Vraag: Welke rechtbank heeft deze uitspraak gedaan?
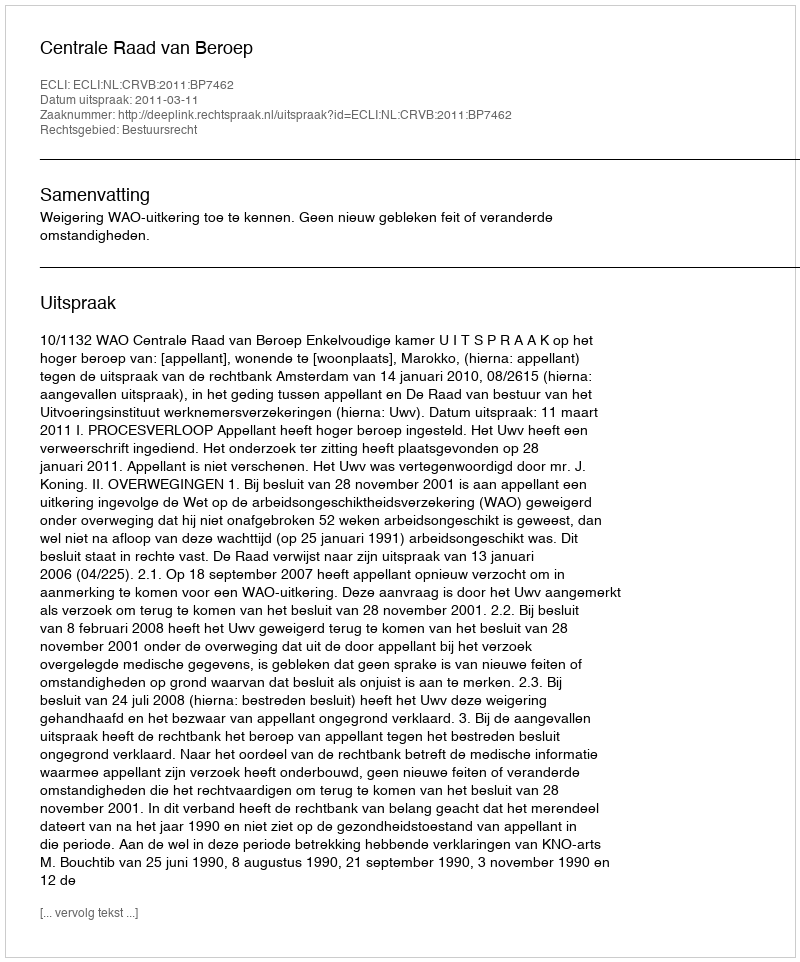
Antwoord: Centrale Raad van Beroep